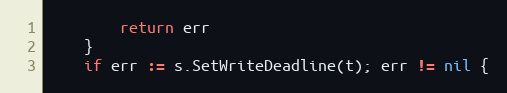
Language: Go
		return err
	}
	if err := s.SetWriteDeadline(t); err != nil {